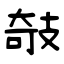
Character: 攲